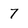
Character: 7